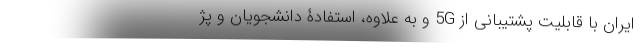
ایران با قابلیت پشتیبانی از 5G و به علاوه، استفادۀ دانشجویان و پژ